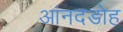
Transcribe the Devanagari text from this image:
आंनदडोह